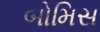
બોમિસ